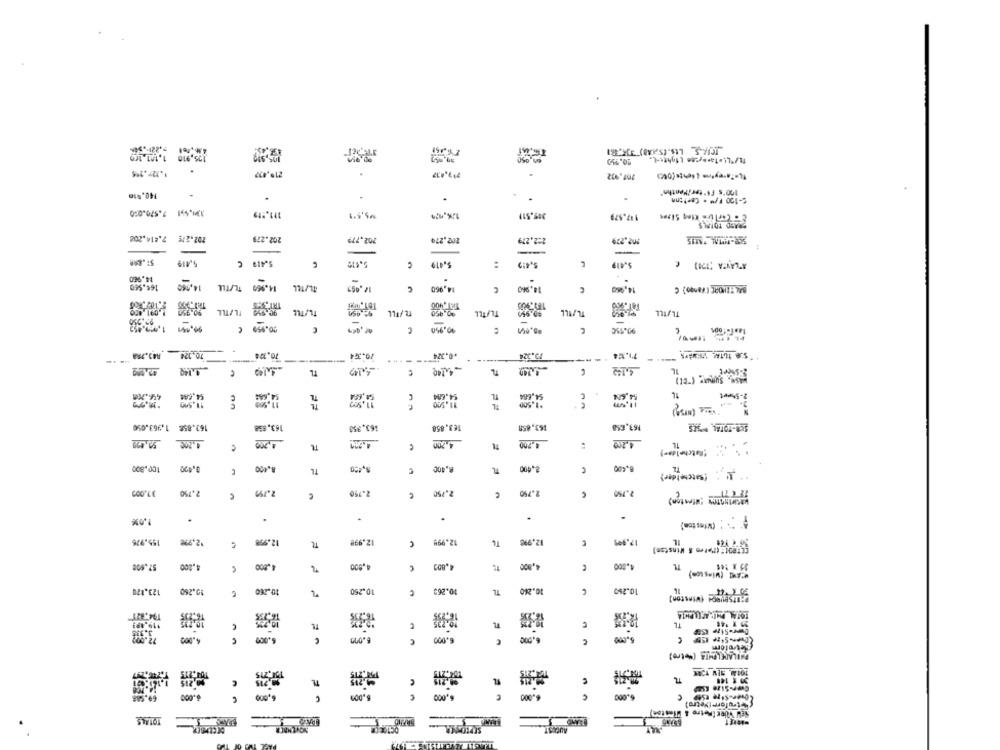
135,910 1.101.150
TI/L! · Taraycon ( fighte-t.
20.950
1.127,145
719.437
207.932
140.010
100's Fi"ter/Menthe"
.
.
C-120 F/" . Carlton
3341,551 7.570.050
111 .* 19
319.511
117.579
FRAED TOTALS
202.275 7.414.200
202.279
202.77?
202.270
2:2.279
M02.279
1
-
5,419
€
5.419
5,412
5.419
ATLANTA (170) (
14.960
164,560
14,560
14.960 TL/TLL
-
14,960
14,960
€
14,06g
BALTIMORE (Mango) C
TODAS FLATLL
TLFFLL
TLATEL
$0.950
ILFILL
TLFILL
90.19/1 1.992.452
-0.950-
c
99.950
10.324 843.78A
19.364
70,300
-
.0.324
72.324
---
9.149
4,142
E-Sheet
TL
€
TL
1L
448.200
54.6A4
TL
54,684
2-5%met
11.500
*1.500
11.000
1,963.05€
163.858
163,838
163.353
163. 858
163.858
163.658
4,200
4,200
4,200
C
100.800
0,420
C
TL
8,420
2.400
1' (satchelder)
37.000
2.750
2.19
2.750
2.750
.
.
.
1.09%
.
* :* : (Vfeston)
155.976
12.99€
12.958
12.998
12.998
12,9%
17.995
TL
€
CETPIE (Metro S Winston)
,200
4.800
35 x 144
57.000
4,800
4,000
,802
4,800
CAME (Wins con)
123.120
10.260
10.760
10.250
10.265
TL
10.260
10.269
TL
119.193
€
C
6.000
6.099
C
MILANLOTS (%tre)
Ris
TL
=2,205
€
3 5 140
6.000
6.000
6,000
C
C
C
(=trufor (Metro)
TOTALE